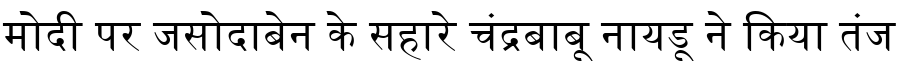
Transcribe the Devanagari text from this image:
मोदी पर जसोदाबेन के सहारे चंद्रबाबू नायडू ने किया तंज